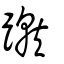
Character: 蹴